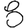
Digit: 8